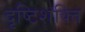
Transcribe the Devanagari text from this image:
दृष्टिशक्ति